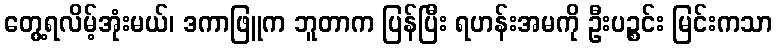
တွေ့ရလိမ့်အုံးမယ်၊ ဒကာဖြူက ဘူတာက ပြန်ပြီး ရဟန်းအမကို ဦးပဉ္စင်း မြင်းကသာ